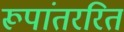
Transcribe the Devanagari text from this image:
रूपांतररित